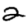
Digit: 2